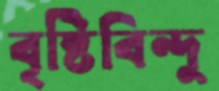
বৃষ্টিবিন্দু